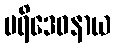
ပရိဒေဝနာယ